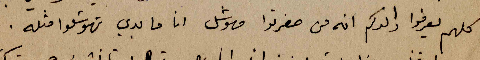
كلهم يعرفوا والدكم انه من صغرتوا مهوشل انا ما بدي تهوشلوا مثله.